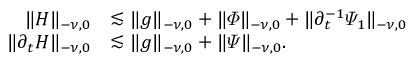
\begin{array} { r l } { \lVert H \rVert _ { - \nu , 0 } } & { \lesssim \lVert g \rVert _ { - \nu , 0 } + \lVert \varPhi \rVert _ { - \nu , 0 } + \lVert \partial _ { t } ^ { - 1 } \varPsi _ { 1 } \rVert _ { - \nu , 0 } } \\ { \lVert \partial _ { t } H \rVert _ { - \nu , 0 } } & { \lesssim \lVert g \rVert _ { - \nu , 0 } + \lVert \varPsi \rVert _ { - \nu , 0 } . } \end{array}